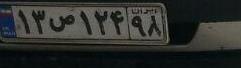
۱۳ص۱۲۴۹۸